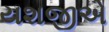
યશજીએ